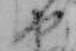
や